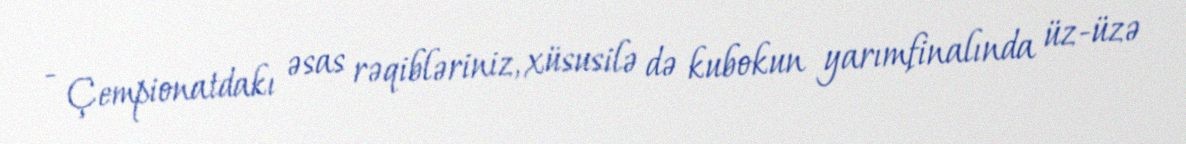
- Çempionatdakı əsas rəqibləriniz, xüsusilə də kubokun yarımfinalında üz-üzə